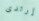
إرتدى